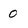
Character: 0